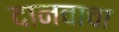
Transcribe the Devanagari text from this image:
दानवाचा